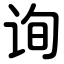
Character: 询